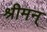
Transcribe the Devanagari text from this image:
श्रीमन्